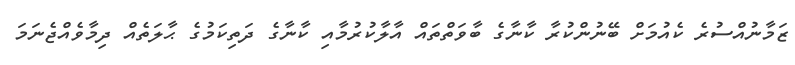
ޒަމާނުއްސުރެ ކެއުމަށް ބޭނުންކުރާ ކާނާގެ ބާވަތްތައް އާލާކުރުމާއި ކާނާގެ ދަތިކަމުގެ ޙާލަތެއް ދިމާވެއްޖެނަމަ